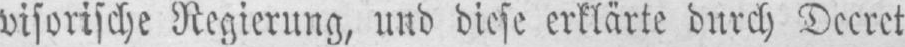
visorische Regierung, und diese erklärte durch Decret